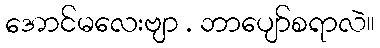
အောင်မလေးဗျာ . ဘာပျော်စရာလဲ။